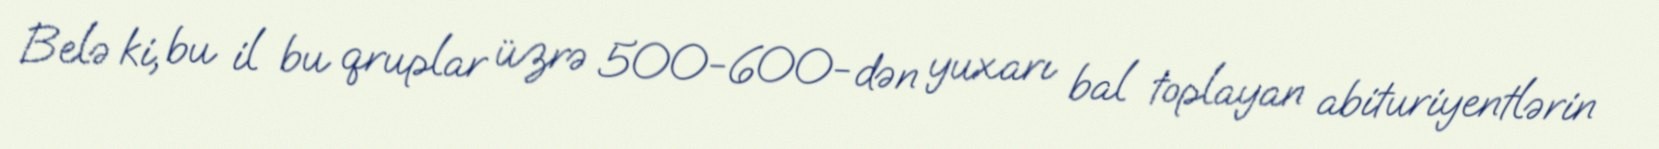
Belə ki, bu il bu qruplar üzrə 500-600-dən yuxarı bal toplayan abituriyentlərin